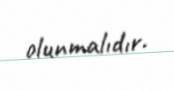
olunmalıdır.